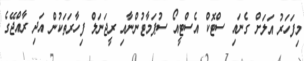
މިފަހަރު އަލަށް ގެނައި ސްޓޮކް އެސްޓީއޯ ސުޕަމާޓުންނާއި ރީޖަނަލް ފިހާރަތަކުން އަދި ރާއްޖޭގެ